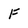
Character: F